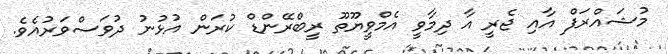
މުޝައްރަފް އާއި ޖެރީ އާ ދިމާވީ އެމްވީޔޫތޫ ރީބްރޭންޑް ކުރަން އުޅުނު ދުވަސްވަރުއެވެ.